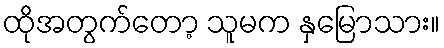
ထိုအတွက်တော့ သူမက နှမြောသား။